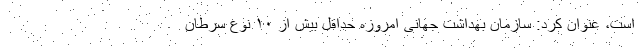
است، عنوان کرد: سازمان بهداشت جهانی امروزه حداقل بیش از ۱۰ نوع سرطان